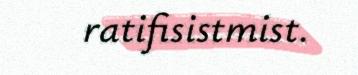
ratifisistmist.